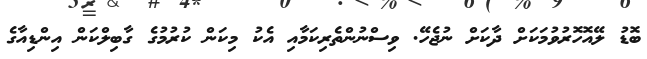
ބޮޑު ލޭއޮހޮރުވުމަކަށް ދާކަށް ނުޖެހޭ. ވިސްނުންތެރިކަމާއި އެކު މިކަން ކުުރުމުގެ ގާބިލްކަން އިންޑިއާގެ